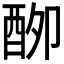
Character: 𮠣